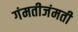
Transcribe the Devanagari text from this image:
गंमतीजंमती